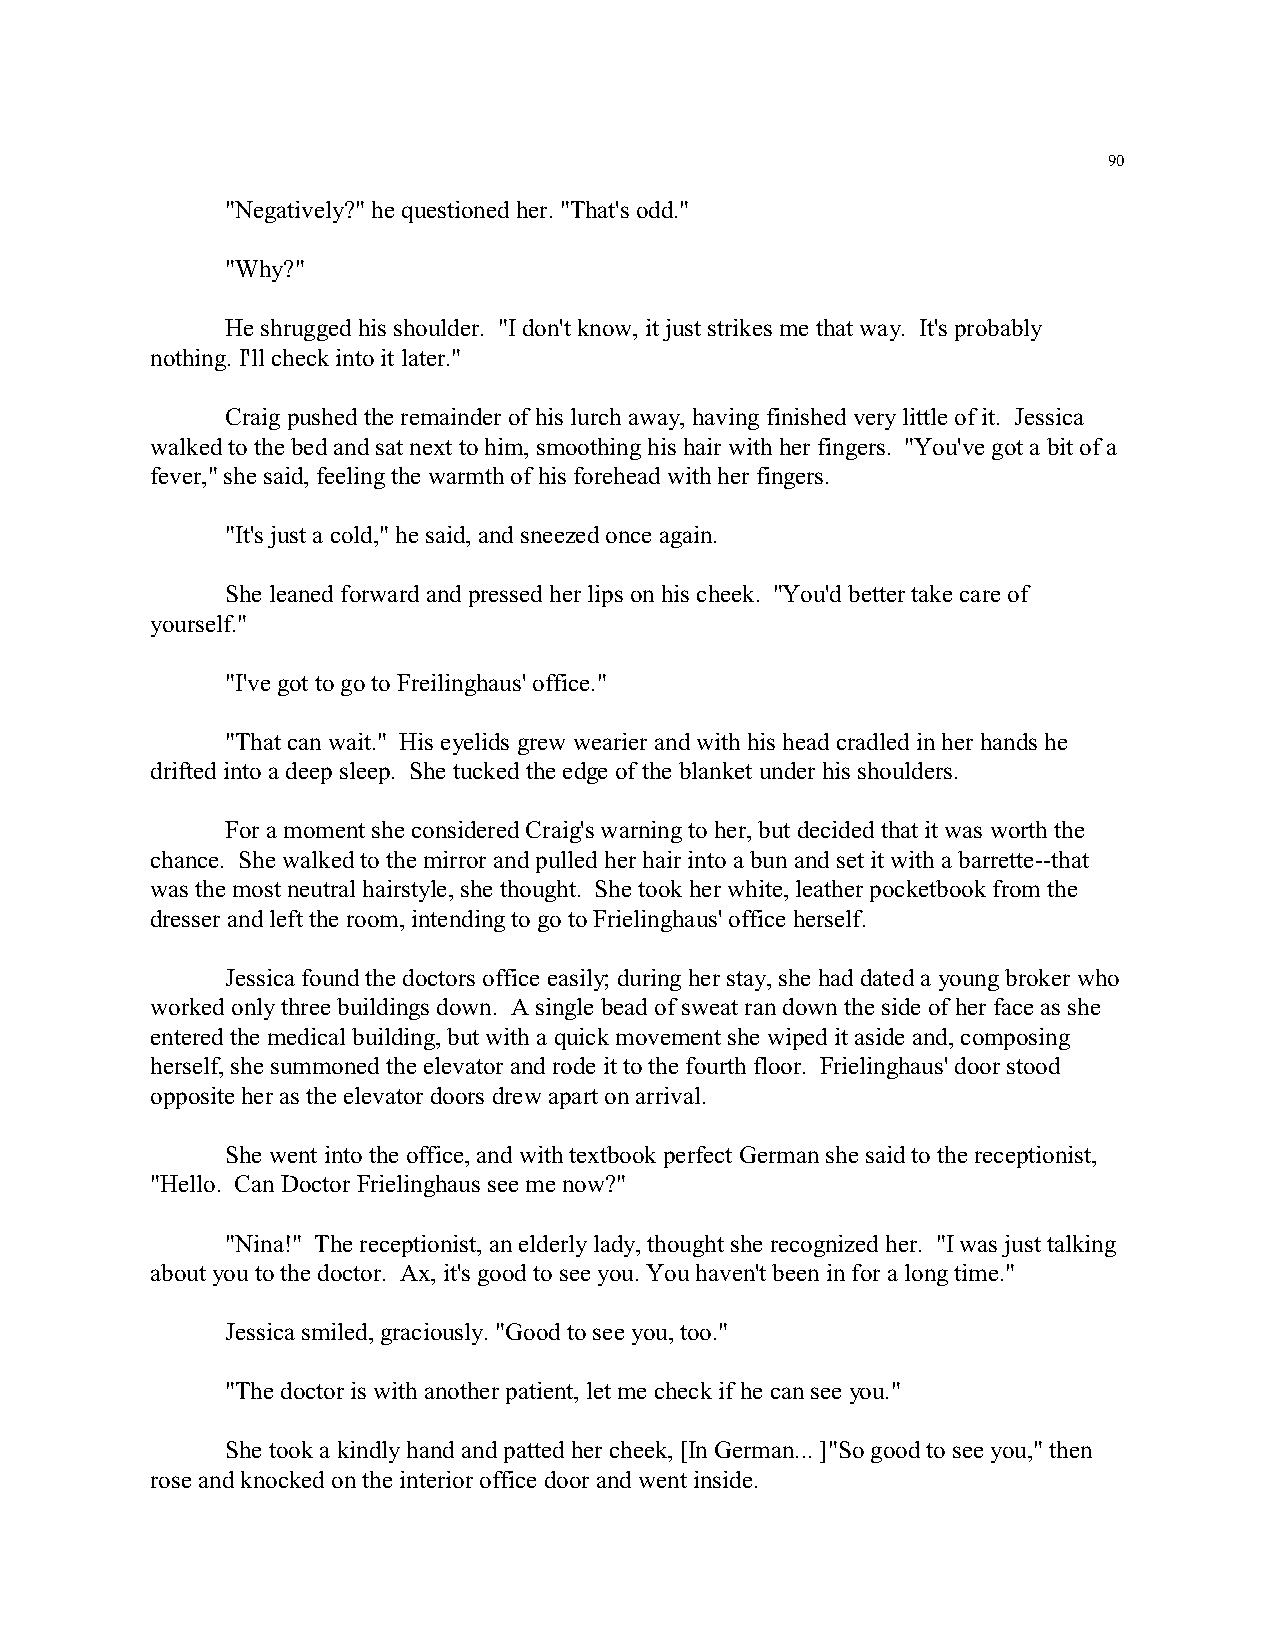
90
 "Negatively?" he questioned her. "That's odd."
 "Why?"
 He shrugged his shoulder. "I don't know, it just strikes me that way. It's probably
 nothing. I'll check into it later."
 Craig pushed the remainder of his lurch away, having finished very little of it. Jessica
 walked to the bed and sat next to him, smoothing his hair with her fingers. "You've got a bit of a
 fever," she said, feeling the warmth of his forehead with her fingers.
 "It's just a cold," he said, and sneezed once again.
 She leaned forward and pressed her lips on his cheek. "You'd better take care of
 yourself."
 "I've got to go to Freilinghaus' office."
 "That can wait." His eyelids grew wearier and with his head cradled in her hands he
 drifted into a deep sleep. She tucked the edge of the blanket under his shoulders.
 For a moment she considered Craig's warning to her, but decided that it was worth the
 chance. She walked to the mirror and pulled her hair into a bun and set it with a barrette--that
 was the most neutral hairstyle, she thought. She took her white, leather pocketbook from the
 dresser and left the room, intending to go to Frielinghaus' office herself.
 Jessica found the doctors office easily; during her stay, she had dated a young broker who
 worked only three buildings down. A single bead of sweat ran down the side of her face as she
 entered the medical building, but with a quick movement she wiped it aside and, composing
 herself, she summoned the elevator and rode it to the fourth floor. Frielinghaus' door stood
 opposite her as the elevator doors drew apart on arrival.
 She went into the office, and with textbook perfect German she said to the receptionist,
 "Hello. Can Doctor Frielinghaus see me now?"
 "Nina!" The receptionist, an elderly lady, thought she recognized her. "I was just talking
 about you to the doctor. Ax, it's good to see you. You haven't been in for a long time."
 Jessica smiled, graciously. "Good to see you, too."
 "The doctor is with another patient, let me check if he can see you."
 She took a kindly hand and patted her cheek, [In German... ]"So good to see you," then
 rose and knocked on the interior office door and went inside.